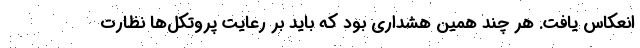
انعکاس یافت. هر چند همین هشداری بود که باید بر رعایت پروتکل‌ها نظارت